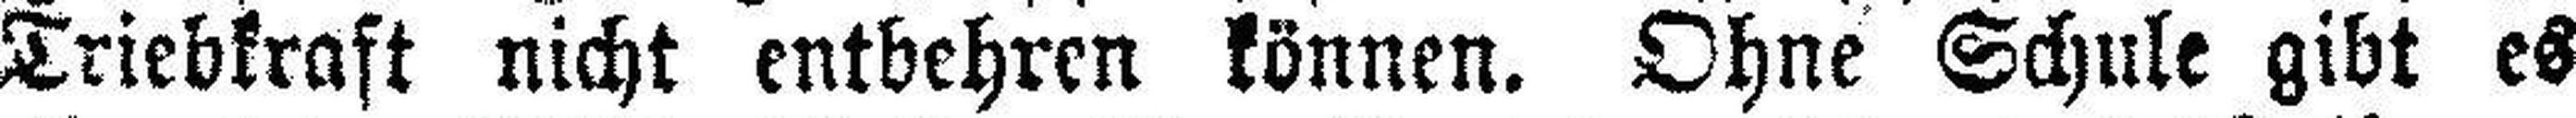
Triebkraft nicht entbehren können. Ohne Schule gibt es